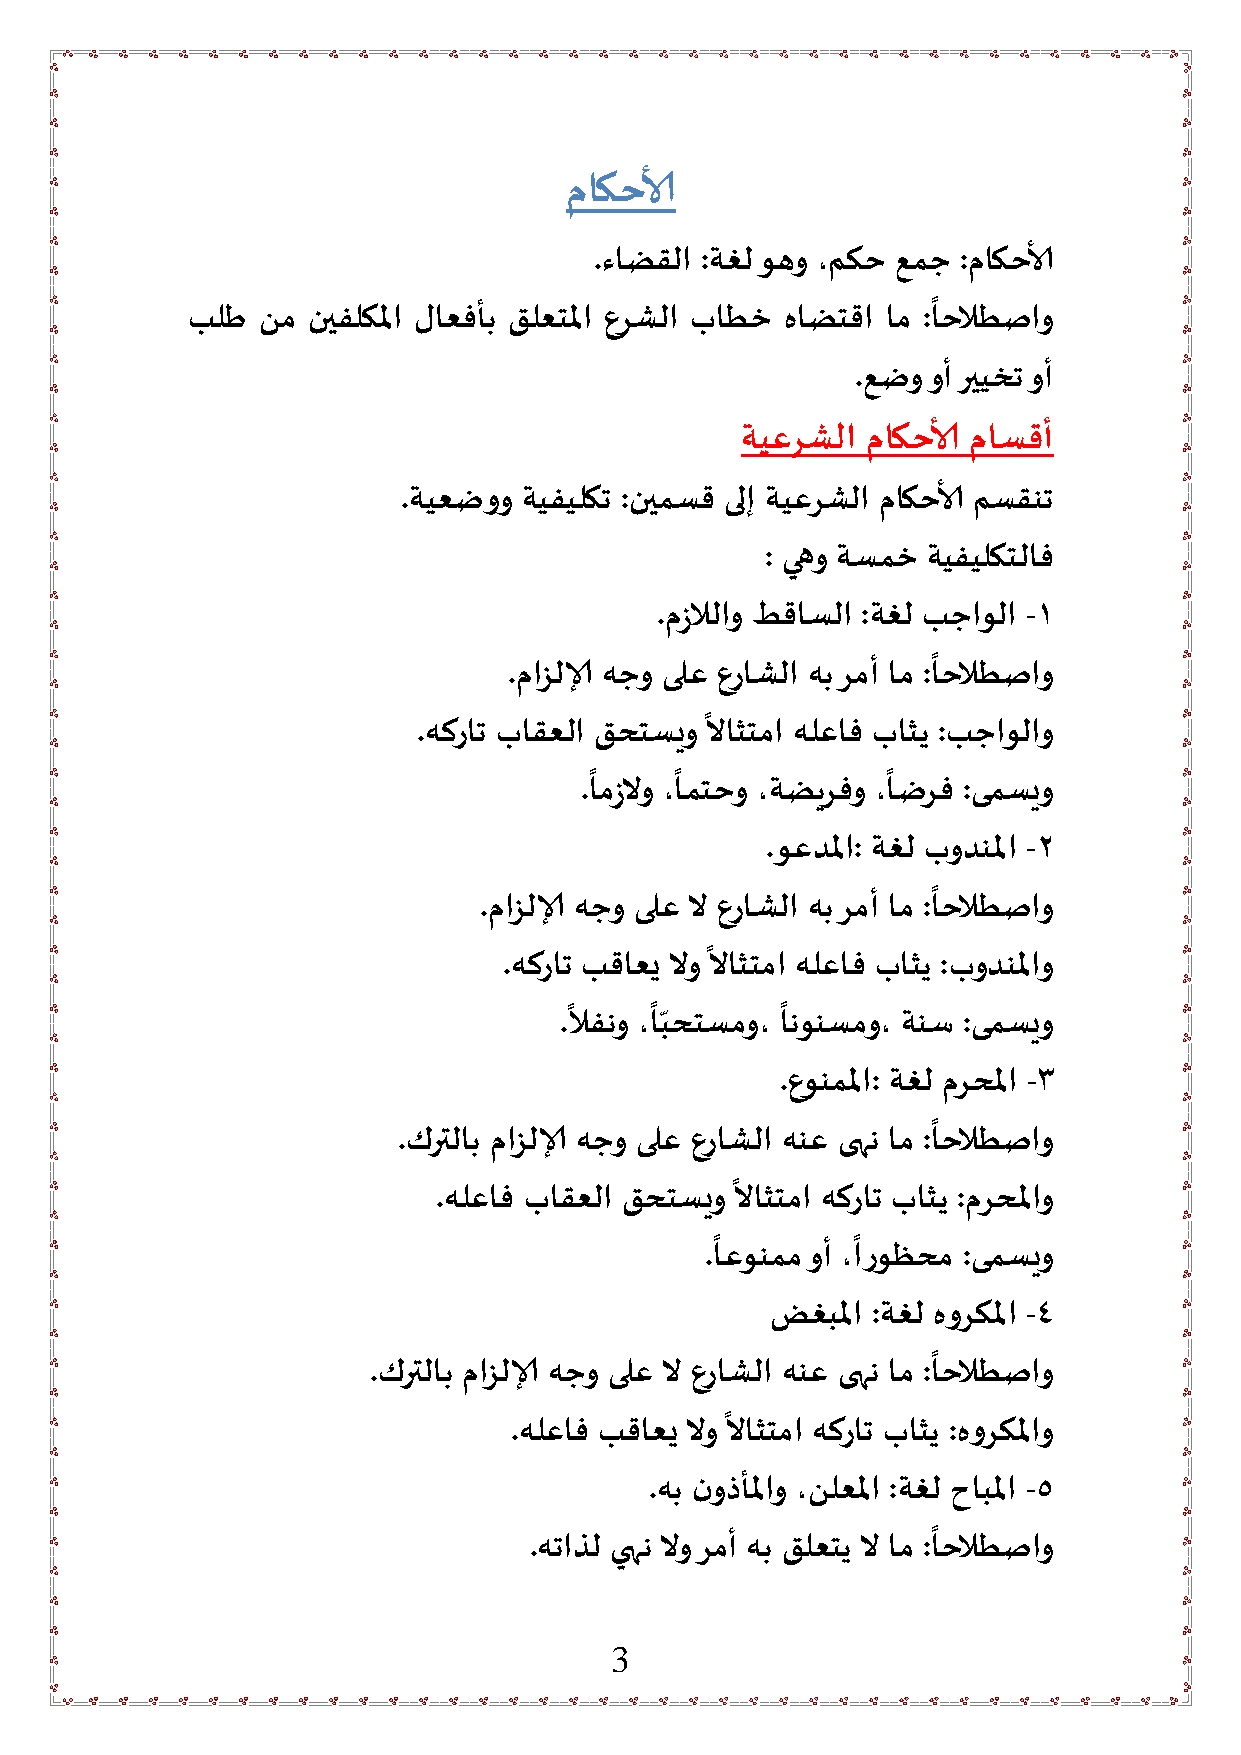
ماكحالأ
 .ءاضقلا :ةغل وهو ،مكح عمج :ماكحالأ
 ً
 بلط  نم نيفلكلما لاعفأب قلعتلما عرشلا باطخ هاضتقا ام :احلاطصاو
 .عضو وأ رييخت وأ
 ةيعرشلا ماكحالأ ماسقأ
 .ةيعضوو ةيفيلكت :نيمسق ىلإ ةيعرشلا ماكحالأ مسقنت
 : يهو ةسمخ ةيفيلكتلاف
 .مزلالاو طقاسلا :ةغل بجاولا -1
 ً
 .مازلال هجو ىلع عراشلا هب رمأ ام :احلاطصاو
 ً
 .هكرات باقعلا قحتسيو لااثتما هلعاف باثي :بجاولاو
 ً     ً             ً
 .امزلاو ، امتحو ،ةضيرفو ،اضرف :ىمسيو
 .وعدلما: ةغل بودنلما -2
 ً
 .مازلال هجو ىلع لا عراشلا هب رمأ ام :احلاطصاو
 ً
 .هكرات بقاعي لاو لااثتما هلعاف باثي :بودنلماو
 ً    ً        ً
 ّ
 .لافنو ،ابحتسمو، انونسمو، ةنس :ىمسيو
 .عونملما: ةغل مرحلما -3
 ً
 .كرتلاب مازلال هجو ىلع عراشلا هنع ىهن ام :احلاطصاو
 ً
 .هلعاف باقعلا قحتسيو لااثتما هكرات باثي :مرحلماو
 ً         ً
 .اعونمم وأ ،اروظحم :ىمسيو
 ضغبلما :ةغل هوركلما -4
 ً
 .كرتلاب مازلال هجو ىلع لا عراشلا هنع ىهن ام :احلاطصاو
 ً
 .هلعاف بقاعي لاو لااثتما هكرات باثي :هوركلماو
 .هب نوذألماو ،نلعلما :ةغل حابلما -5
 ً
 .هتاذل يهن لاو رمأ هب قلعتي لا ام :احلاطصاو
 3